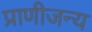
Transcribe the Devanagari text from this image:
प्राणीजन्य